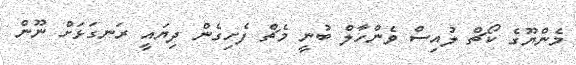
މެންޔޫގެ ކޯޗް ލުއިސް ވެންހާލް ބުނީ މެޗް ފެށިގެން ދިޔައީ ރަނގަޅަށް ނޫން